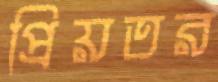
প্রিয়তর